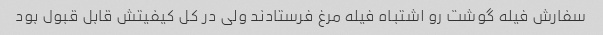
سفارش فیله گوشت رو اشتباه فیله مرغ فرستادند ولی در کل کیفیتش قابل قبول بود